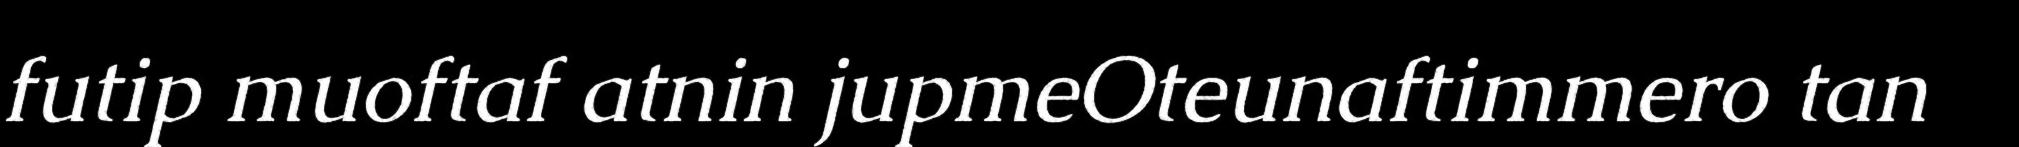
futip muoftaf atnin jupmeOteunaftimmero tan